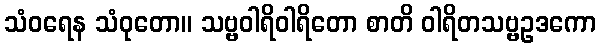
သံဝရေန သံဝုတော။ သဗ္ဗဝါရိဝါရိတော စာတိ ဝါရိတသဗ္ဗဥဒကော